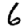
Digit: 6